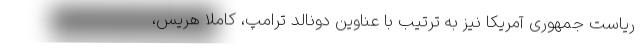
ریاست جمهوری آمریکا نیز به ترتیب با عناوین دونالد ترامپ، کاملاً هریس،